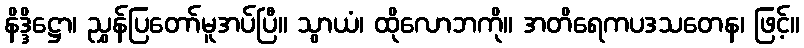
နိဒ္ဒိဋ္ဌော၊ ညွှန်ပြတော်မူအပ်ပြီ။ သွာယံ၊ ထိုလောဘကို။ အတိရေကပဒသတေန၊ ဖြင့်။